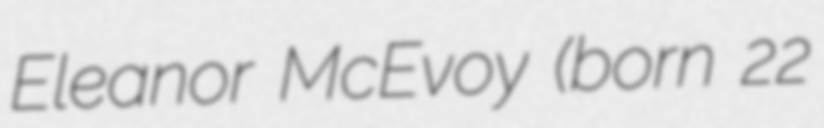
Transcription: Eleanor McEvoy (born 22